Civil Veterinary Dept. North-West Frontier Province 1933-46 - 1933-1946
Year: 1933
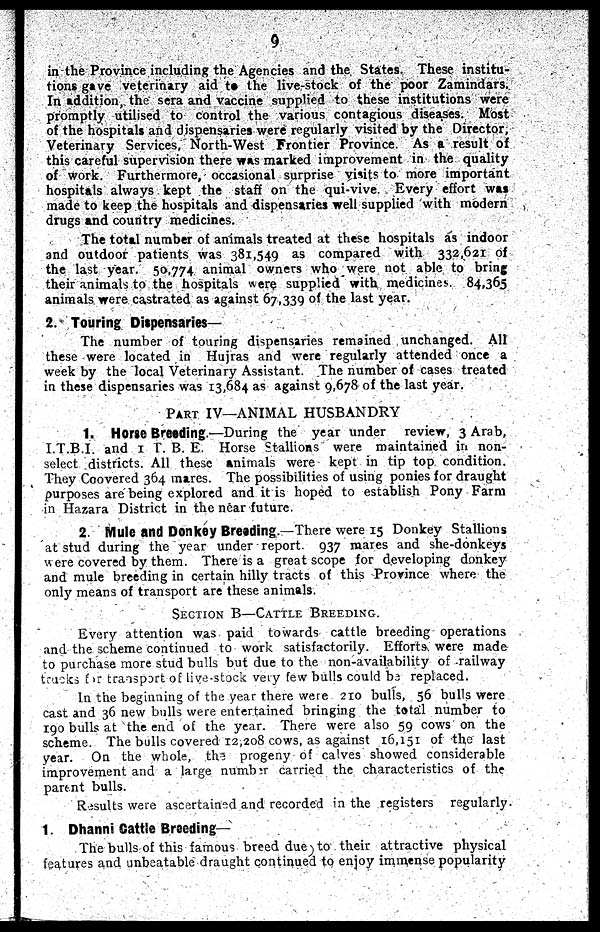
9
in the Province including the Agencies and the States. These institu-
tions gave veterinary aid to the live-stock of the poor Zamindars.
In addition, the sera and vaccine supplied to these institutions were
promptly utilised to control the various contagious diseases. Most
of the hospitals and dispensaries were regularly visited by the Director,
Veterinary Services, North-West Frontier Province. As a result of
this careful supervision there was marked improvement in the quality
of work. Furthermore, occasional surprise visits to more important
hospitals always kept the staff on the qui-vive. Every effort was
made to keep the hospitals and dispensaries well supplied with modern
drugs and country medicines.
The total number of animals treated at these hospitals as indoor
and outdoor patients was 381,549 as compared with 332,621 of
the last year. 50,774 animal owners who were not able to bring
their animals to the hospitals were supplied with medicines. 84,365
animals were castrated as against 67,339 of the last year.
2. Touring Dispensaries—
The number of touring dispensaries remained unchanged. All
these were located in Hujras and were regularly attended once a
week by the local Veterinary Assistant. The number of cases treated
in these dispensaries was 13,684 as against 9,678 of the last year.
PART IV—ANIMAL HUSBANDRY
1. Horse Breeding.—During the year under
review, 3 Arab,
T.T.B.I, and 1 P. B. E. Horse Stallions were maintained in non-
select districts. All these animals were kept in tip top condition.
They Coovered 364 mares. The possibilities of using ponies for draught
purposes are being explored and it is hoped to establish Pony Farm
in Hazara District in the near future.
2. Mule and Donkey Breeding.—There were 15 Donkey Stallions
at stud during the year under report. 937 mares and she-donkeys
were covered by them. There is a great scope for developing donkey
and mule breeding in certain hilly tracts of this Province where the
only means of transport are these animals.
SECTION B—CATTLE BREEDING.
Every attention was paid towards cattle breeding operations
and the scheme continued to work satisfactorily. Efforts were made
to purchase more stud bulls but due to the non-availability of railway
tracks for transport of live-stock very few bulls could be replaced.
In the beginning of the year there were 210 bulls, 56 bulls were
cast and 36 new bulls were entertained bringing the total number to
190 bulls at the end of the year. There were also 59 cows on the
scheme. The bulls covered 12,208 cows, as against 16,151 of the last
year.
On the whole, the progeny of calves showed considerable
improvement and a large number carried the characteristics of the
parent bulls.
Results were ascertained and recorded in the registers
regularly.
1. Dhanni Cattle Breeding—
The bulls of this famous breed due, to their attractive physical
features and unbeatable draught continued to enjoy immense popularity